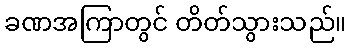
ခဏအကြာတွင် တိတ်သွားသည်။